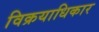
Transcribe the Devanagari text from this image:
विक्रयाधिकार